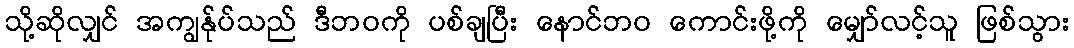
သို့ဆိုလျှင် အကျွန်ုပ်သည် ဒီဘဝကို ပစ်ချပြီး နောင်ဘဝ ကောင်းဖို့ကို မျှော်လင့်သူ ဖြစ်သွား